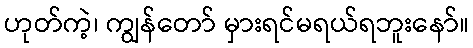
ဟုတ်ကဲ့၊ ကျွန်တော် မှားရင်မရယ်ရဘူးနော်။